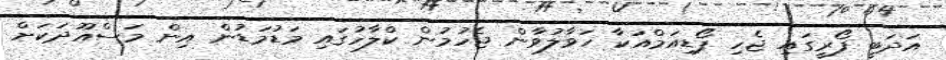
އަދަބީ ފޯރީގައި ޖެހި ޕޯޑިއަމްއަކާ ހަވާލުވާން ޖެހުމުން ކްލާހުގައި މަޑުމަޑުން އިން މަސްއޫދަކަށް